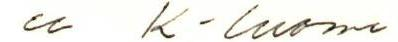
cc K-luoma